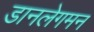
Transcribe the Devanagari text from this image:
डानलेगमन